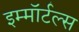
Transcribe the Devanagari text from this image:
इम्मॉर्टल्स